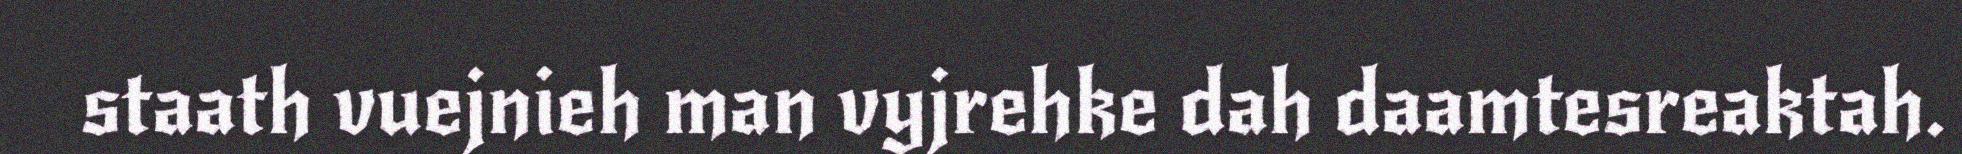
staath vuejnieh man vyjrehke dah daamtesreaktah.